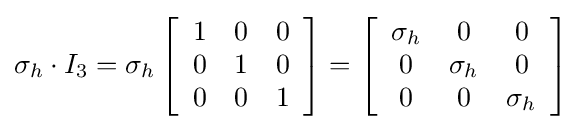
\sigma _{h}\cdot I_{3}=\sigma _{h}\left[{\begin{array}{ccc}1&0&0\\0&1&0\\0&0&1\end{array}}\right]=\left[{\begin{array}{ccc}\sigma _{h}&0&0\\0&\sigma _{h}&0\\0&0&\sigma _{h}\end{array}}\right]